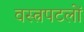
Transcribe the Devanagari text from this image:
वस्त्रपटलों